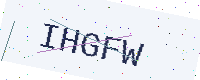
Text: IHGFW